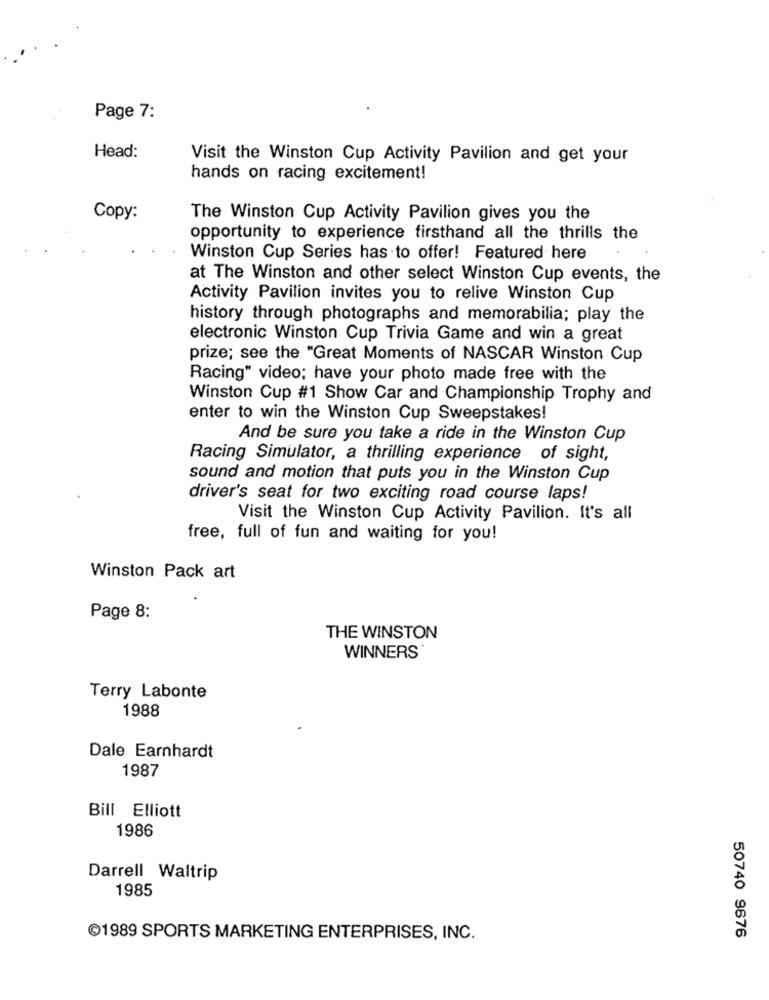
Page 7:
Head:
Visit the Winston Cup Activity Pavilion and get your
hands on racing excitement!
Copy:
The Winston Cup Activity Pavilion gives you the
opportunity to experience firsthand all the thrills the
Winston Cup Series has to offer! Featured here
at The Winston and other select Winston Cup events, the
Activity Pavilion invites you to relive Winston Cup
history through photographs and memorabilia; play the
electronic Winston Cup Trivia Game and win a great
prize; see the "Great Moments of NASCAR Winston Cup
Racing" video; have your photo made free with the
Winston Cup #1 Show Car and Championship Trophy and
enter to win the Winston Cup Sweepstakes!
And be sure you take a ride in the Winston Cup
Racing Simulator, a thrilling experience of sight,
sound and motion that puts you in the Winston Cup
driver's seat for two exciting road course laps!
Visit the Winston Cup Activity Pavilion. It's all
free, full of fun and waiting for you!
Winston Pack art
Page 8:
THE WINSTON
WINNERS
Terry Labonte
1988
Dale Earnhardt
1987
Bill Elliott
1986
Darrell Waltrip
1985
@1989 SPORTS MARKETING ENTERPRISES, INC.
50740 9676